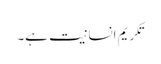
تکریم انسانیت ہے۔